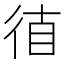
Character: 𰐮